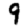
Digit: 9